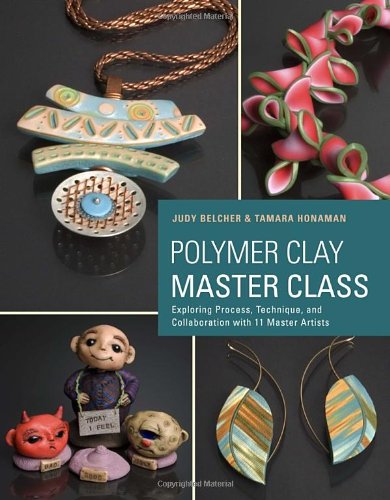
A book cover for Polymer Clay Master Class: Exploring Process, Technique, and Collaboration with 11 Master Artists; Judy Belcher; Crafts, Hobbies & Home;